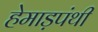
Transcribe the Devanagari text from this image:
हेमाड़पंथी